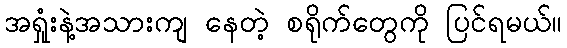
အရှုံးနဲ့အသားကျ နေတဲ့ စရိုက်တွေကို ပြင်ရမယ်။